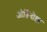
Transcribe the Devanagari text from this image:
ओर्तिगोझा